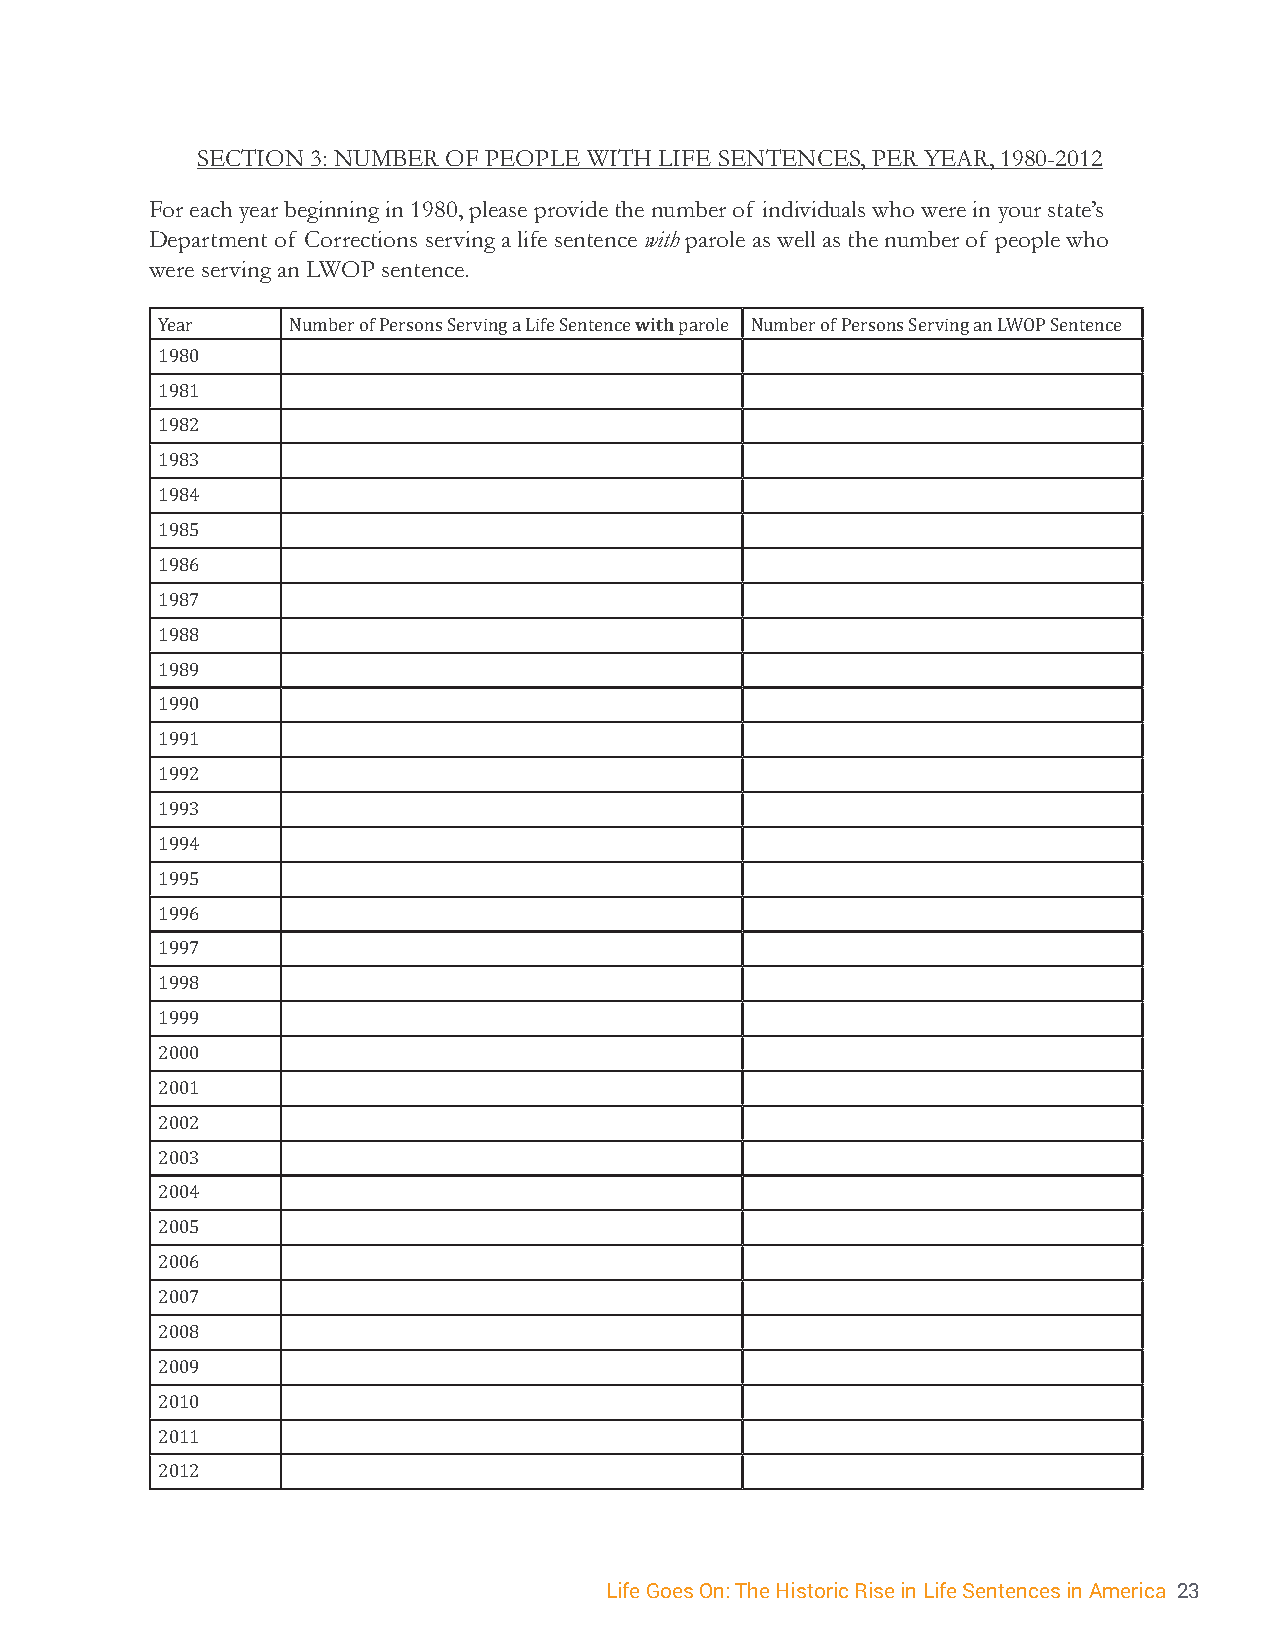
SECTION 3: NUMBER OF PEOPLE WITH LIFE SENTENCES, PER YEAR, 1980-2012
 For each year beginning in 1980, please provide the number of individuals who were in your state’s
 Department of Corrections serving a life sentence with parole as well as the number of people who
 were serving an LWOP sentence.
 with
 Year     Number of Persons Serving a Life Sentence parole Number of Persons Serving an LWOP Sentence
 1980
 1981
 1982
 1983
 1984
 1985
 1986
 1987
 1988
 1989
 1990
 1991
 1992
 1993
 1994
 1995
 1996
 1997
 1998
 1999
 2000
 2001
 2002
 2003
 2004
 2005
 2006
 2007
 2008
 2009
 2010
 2011
 2012
 Life Goes On: The Historic Rise in Life Sentences in America 23